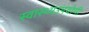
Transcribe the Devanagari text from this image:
स्वास्थ्यउपयोगी